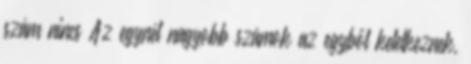
szám nincs Az egynél nagyobb számok az egyből keletkeznek,